Tezpur Lunatic Asylum reports 1895-1904 - 1895-1904
Year: 1895
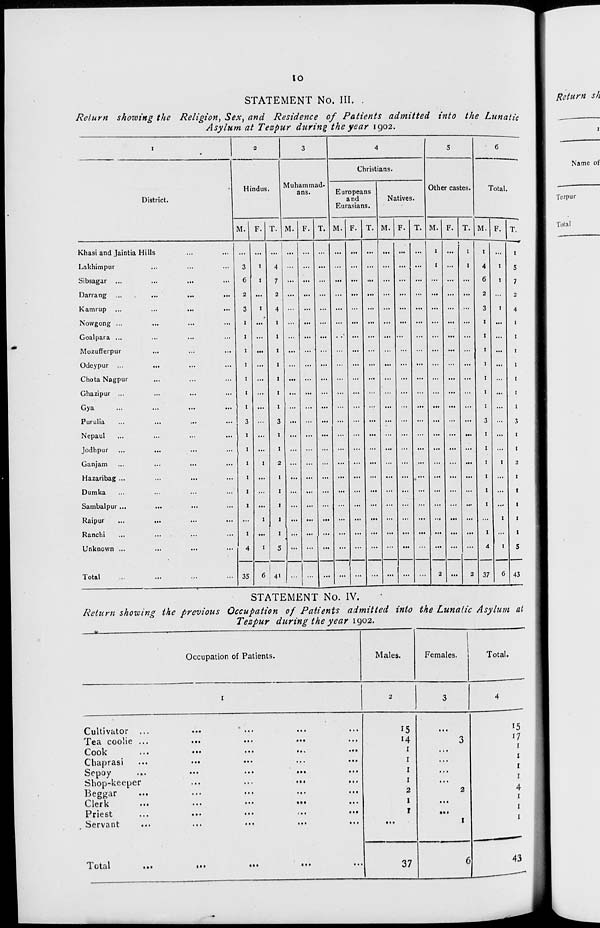
10
STATEMENT No. III. .
Return showing the Religion, Sex, and Residence of Patients admitted into the Lunatic
Asylum at Tezpur during the year 1902.
District.
Hindus.
Muhammad-
ans.
M.
T. M.
T.
Christians.
Europeans
and
Eurasians.
Natives.
M. F. T. M.
T.
Other castes.
Total.
M. F.
M. F. T.
Khasi and Jaintia Hills
Lakhimpur
Sibsagar ...
Darrang
Kamrup
Nowgong ...
Goalpara ...
Mozufferpur
Odeypur
Chota Nagpur
Ghazipur ...
Gya
Purulia
Nepaul
Jodhpur
Ganjam
Hazaribag ...
Dumka
Sambalpur ...
Raipur
Ranchi
Unknown ...
Total
35
6 ! 41
37
6 43
STATEMENT No. IV.
Return showing the previous Occupation of Patients admitted into the Lunatic Asylum at
Tezpur during the year 1902.
Occupation of Patients.
Males.
Females.
Total.
Cultivator ...
Tea coolie ...
Cook
Chaprasi
Sepoy
Shop-keeper
Beggar
Clerk
Priest
Servant
...
•>•
.. 1
• • •
...
...
• ••
<••
•••
•..
15
*4
1
1
1
1
2
1
1
15
17
Total
• ••
• »•
37
43